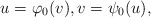
\begin{align*} u = \varphi_{0}(v), v = \psi_{0}(u), \end{align*}